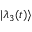
| \lambda _ { 3 } ( t ) \rangle